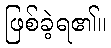
ဖြစ်ခဲ့ရ၏။